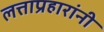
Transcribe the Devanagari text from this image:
लत्ताप्रहारांनी